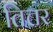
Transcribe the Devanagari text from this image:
तित्तर